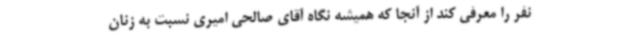
نفر را معرفی کند از آنجا که همیشه نگاه آقای صالحی امیری نسبت به زنان